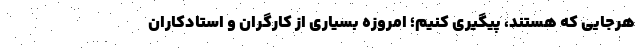
هرجایی که هستند، پیگیری کنیم؛ امروزه بسیاری از کارگران و استادکاران